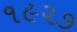
૧૯૨૭